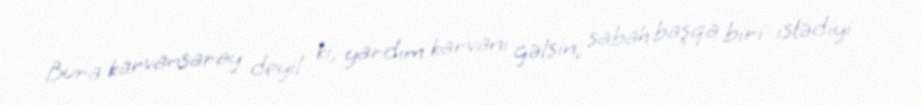
Bura karvansaray deyil ki, yardım karvanı gəlsin, sabah başqa biri istədiyi